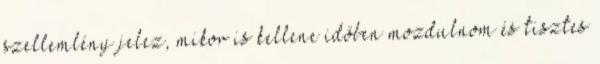
szellemlény jelez, mikor is kellene időben mozdulnom és tisztes